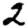
Digit: 2